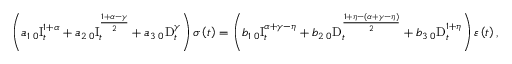
\left( a _ { 1 } \, _ { 0 } \mathrm { I } _ { t } ^ { 1 + \alpha } + a _ { 2 } \, _ { 0 } \mathrm { I } _ { t } ^ { \frac { 1 + \alpha - \gamma } { 2 } } + a _ { 3 } \, _ { 0 } \mathrm { D } _ { t } ^ { \gamma } \right) \sigma \left( t \right) = \left( b _ { 1 } \, _ { 0 } \mathrm { I } _ { t } ^ { \alpha + \gamma - \eta } + b _ { 2 } \, _ { 0 } \mathrm { D } _ { t } ^ { \frac { 1 + \eta - \left( \alpha + \gamma - \eta \right) } { 2 } } + b _ { 3 } \, _ { 0 } \mathrm { D } _ { t } ^ { 1 + \eta } \right) \varepsilon \left( t \right) ,